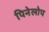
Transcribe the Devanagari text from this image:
पिनेलोप